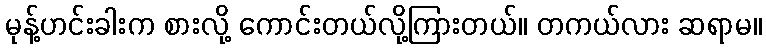
မုန့်ဟင်းခါးက စားလို့ ကောင်းတယ်လို့ကြားတယ်။ တကယ်လား ဆရာမ။